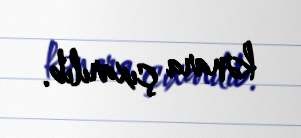
kənara çıxarılıb.